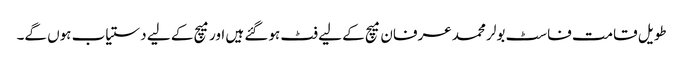
طویل قامت فاسٹ بولر محمد عرفان میچ کے لیے فٹ ہوگئے ہیں اور میچ کے لیے دستیاب ہوں گے۔